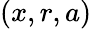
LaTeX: \left(x,r,a\right)